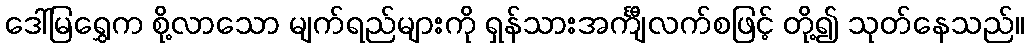
ဒေါ်မြရွှေက စို့လာသော မျက်ရည်များကို ရှန်သားအင်္ကျီလက်စဖြင့် တို့၍ သုတ်နေသည်။